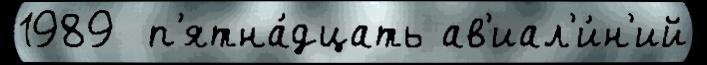
1989  п'ятна́дцать ав'иал'и́н'ий